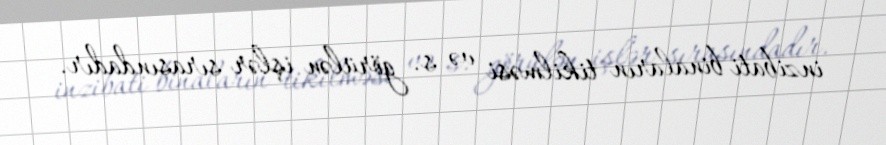
inzibati binaların tikilməsi və s. görülən işlər sırasındadır.